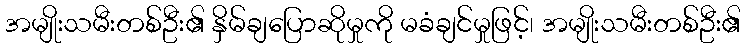
အမျိုးသမီးတစ်ဦး၏ နှိမ်ချပြောဆိုမှုကို မခံချင်မှုဖြင့်၊ အမျိုးသမီးတစ်ဦး၏